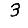
Digit: 3